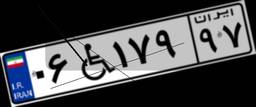
۹۱W۵۱۲۱۳